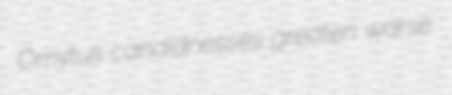
Ornytus candidnesses greaten warse